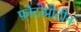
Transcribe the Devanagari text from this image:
फ़ोटोप्रोटीन